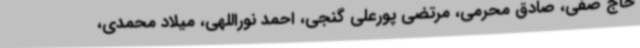
حاج صفی، صادق محرمی، مرتضی پورعلی گنجی، احمد نوراللهی، میلاد محمدی،